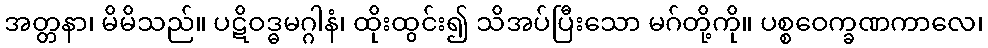
အတ္တနာ၊ မိမိသည်။ ပဋိဝဒ္ဓမဂ္ဂါနံ၊ ထိုးထွင်း၍ သိအပ်ပြီးသော မဂ်တို့ကို။ ပစ္စဝေက္ခဏကာလေ၊